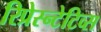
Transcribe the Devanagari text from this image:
रिप्रेस्न्टेटिव्स